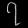
Digit: ၇